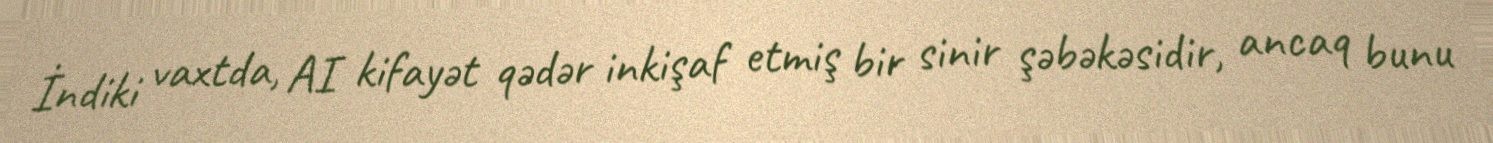
İndiki vaxtda, AI kifayət qədər inkişaf etmiş bir sinir şəbəkəsidir, ancaq bunu